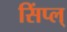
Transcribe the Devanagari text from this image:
सिंप्ल्